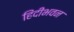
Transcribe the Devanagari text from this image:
हिंदीभवन